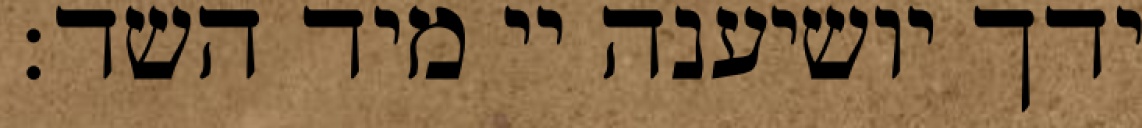
ידך יושיענה יי מיד השד: